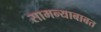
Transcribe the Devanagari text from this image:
सामन्याबाबत